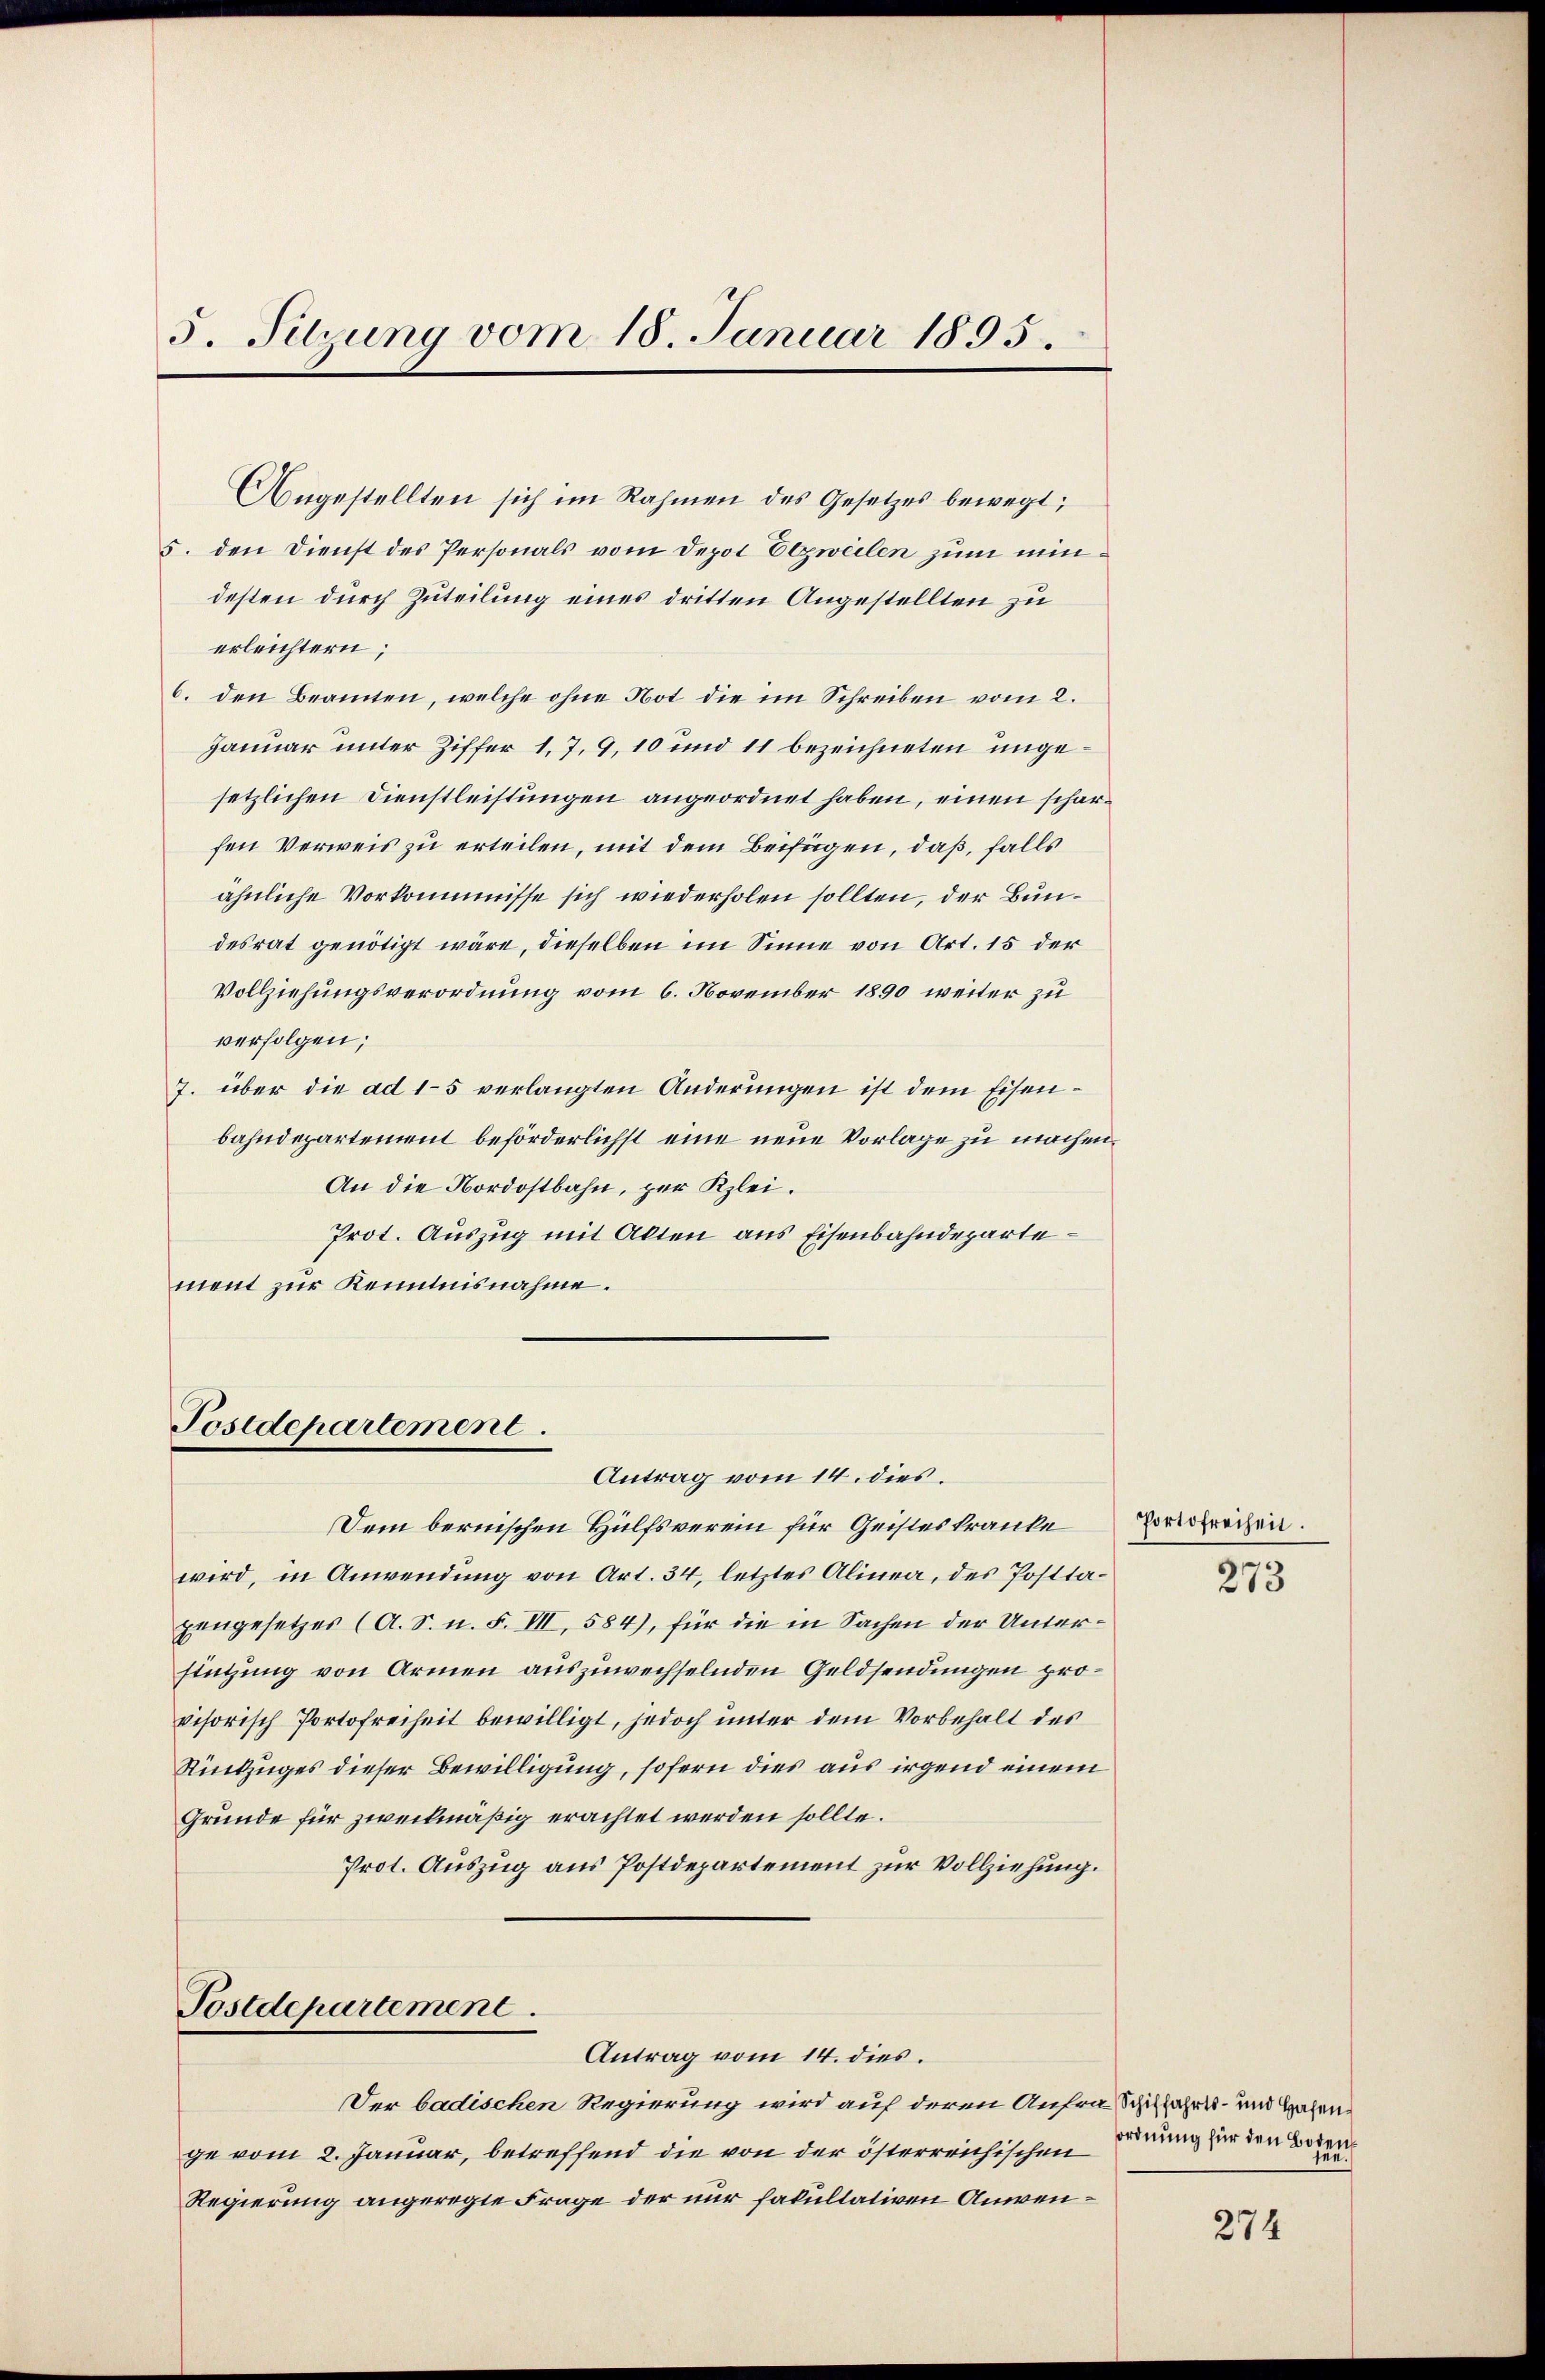
5. Sitzung vom 18. Januar 1895.

Angestellten sich im Rahmen des Gesetzes bewegt;
5. den Dienst des Personals vom Depot Etzweilen zum mindesten durch Zuteilung eines dritten Angestellten zu
erleichtern;
6. den Beamten, welche ohne Not die im Schreiben vom 2.
Januar unter Ziffer 1, 7, 9, 10 und 11 bezeichneten ungesetzlichen Dienstleistungen angeordnet haben, einen scharfen Verweis zu erteilen, mit dem Beifügen, daß, falls
ähnliche Vorkommnisse sich wiederholen sollten, der Bundesrat genötigt wäre, dieselben im Sinne von Art. 15 der
Vollziehungsverordnung vom 6. November 1890 weiter zu
verfolgen;
7. über die ad 15 verlangten Änderungen ist dem Eisenbahndepartement beförderlichst eine neue Vorlage zu machen
An die Nordostbahn, zur Klei¬
Prot. Auszug mit Alten aus Eisenbahndeparte
ment zur Kenntnisnahme.

Postdepartement.
Antrag vom 14. dies.

Postdepartement.
Antrag vom 14. dies.

Dem bernischen Hülfsverein für Geisteskranke
wird, in Anwendung von Art. 34, letztes Alinea, des Posttazengesetzes (A. S. n. F. III, 584), für die in Sachen der Unterstützung von Armen auszuwechselnden Geldsendungen provisorisch Portofreiheit bewilligt, jedoch unter dem Vorbehalt des
Rückzuges dieser Bewilligung, sofern dies aus irgend einem
Gründe für zweckmäßig erachtet werden sollte.
Prot. Auszug aus Postdepartement zur Vollziehung.

Der badischen Regierung wird auf deren Anfra Schiffahres- und Hohen
ge vom 2. Januar, betreffend die von der österreichischen
Regierung angeregte Frage der nur fakultativen Anwen¬

Portofreiheit.

273

ordnung für den Boten

274